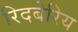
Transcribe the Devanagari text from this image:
रिदबेरिय